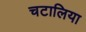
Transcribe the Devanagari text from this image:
चटालिया